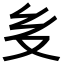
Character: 𭐟